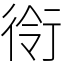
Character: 衑